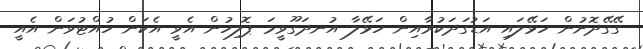
ގޭގޭދޮށުން ހަޅޭލައި އަޑުގަދަކުރާއިން ހަޅޭލާ އުނދަގޫވީމަ ޕޮލިހުން އެވީ އެކަން ހުއްޓުވަން އެއީ